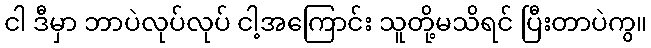
ငါ ဒီမှာ ဘာပဲလုပ်လုပ် ငါ့အကြောင်း သူတို့မသိရင် ပြီးတာပဲကွ။